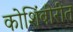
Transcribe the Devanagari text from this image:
कोशिंबीरीत